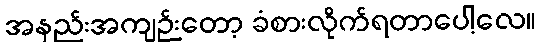
အနည်းအကျဉ်းတော့ ခံစားလိုက်ရတာပေါ့လေ။